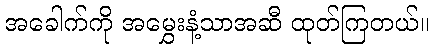
အခေါက်ကို အမွှေးနံ့သာအဆီ ထုတ်ကြတယ်။